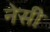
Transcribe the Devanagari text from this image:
नेसी